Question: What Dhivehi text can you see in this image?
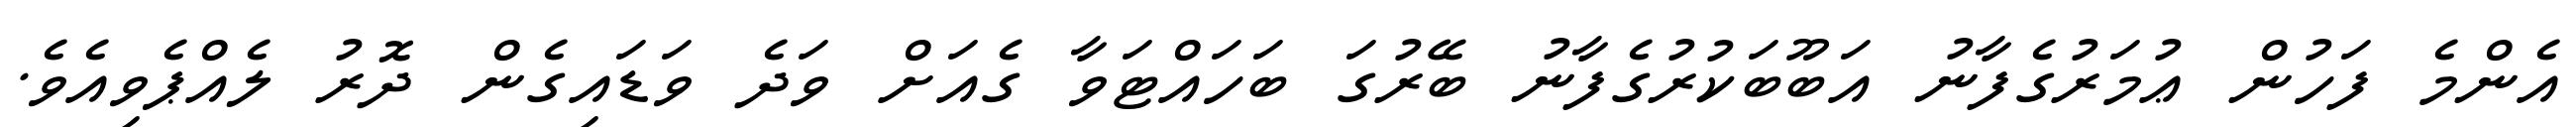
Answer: އެންމެ ފަހުން ޢުމަރުގެފާނު އަބޫބަކުރުގެފާނު ބޭރުގަ ބަހައްޓަވާ ގެއަށް ވަދެ ވަޑައިގެން ދޮރު ލެއްޕެވިއެވެ.